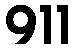
911